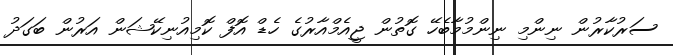
ސަރުކާރުން ނިންމި ނިންމުމާބެހޭ ގޮތުން ޖީއެމްއާރުގެ ހެޑް އޮފް ކޮމިއުނިކޭޝަން އަރުން ބަގަދު